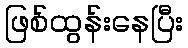
ဖြစ်ထွန်းနေပြီး